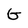
Character: G